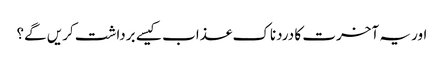
اور یہ آخرت کا دردناک عذاب کیسے برداشت کریں گے؟